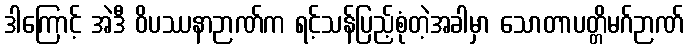
ဒါကြောင့် အဲဒီ ဝိပဿနာဉာဏ်က ရင့်သန်ပြည့်စုံတဲ့အခါမှာ သောတာပတ္တိမဂ်ဉာဏ်